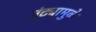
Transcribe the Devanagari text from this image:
तंट्यामुळे